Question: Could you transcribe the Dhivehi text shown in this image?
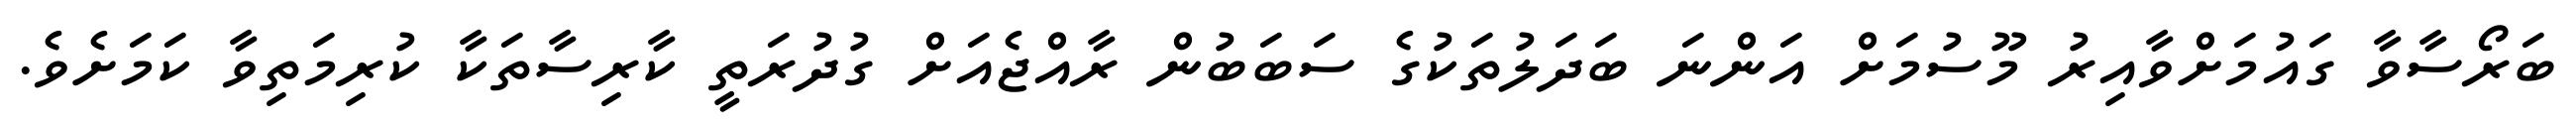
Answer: ބަރޯސާވާ ގައުމަށްވާއިރު މޫސުމަށް އަންނަ ބަދަލުތަކުގެ ސަބަބުން ރާއްޖެއަށް ގުދުރަތީ ކާރިސާތަކާ ކުރިމަތިވާ ކަމަށެވެ.